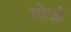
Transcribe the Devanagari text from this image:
ओत्ज़ी